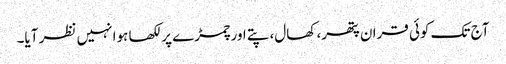
آج تک کوئی قران پتھر، کھال، پتے اور چمڑے پر لکھا ہوا نہیں نظر آیا۔